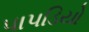
પાપડિયો